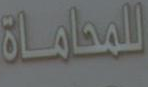
المحاماة